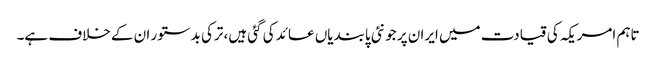
تاہم امریکہ کی قیادت میں ایران پر جو نئی پابندیاں عائد کی گئی ہیں، ترکی بدستور ان کے خلاف ہے۔